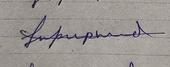
Signature authenticity: forged